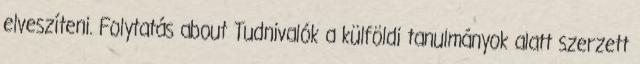
elveszíteni. Folytatás about Tudnivalók a külföldi tanulmányok alatt szerzett